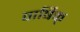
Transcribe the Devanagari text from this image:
वार्षिक्